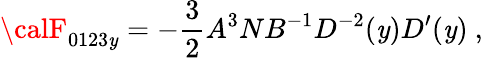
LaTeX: {\calF}_{0123\mathit{y}}=-{\frac{{3}}{{2}}}A^{3}NB^{-1}D^{-2}(\mathit{y})D^{\prime}(\mathit{y})\ ,